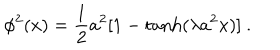
LaTeX: \phi ^ { 2 } ( x ) = \frac { 1 } { 2 } a ^ { 2 } [ 1 - \tanh ( \lambda a ^ { 2 } x ) ] ~ .